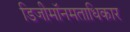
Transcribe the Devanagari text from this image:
डिजीमॉनमताधिकार